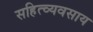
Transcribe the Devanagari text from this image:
सहित्व्यवसाय